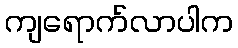
ကျရောက်လာပါက